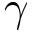
\gamma